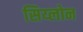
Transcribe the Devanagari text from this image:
सिय्लोन